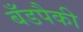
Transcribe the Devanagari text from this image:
बँडपैकी